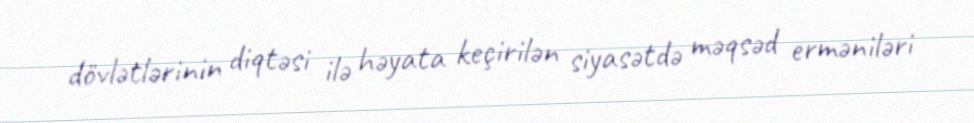
dövlətlərinin diqtəsi ilə həyata keçirilən siyasətdə məqsəd erməniləri